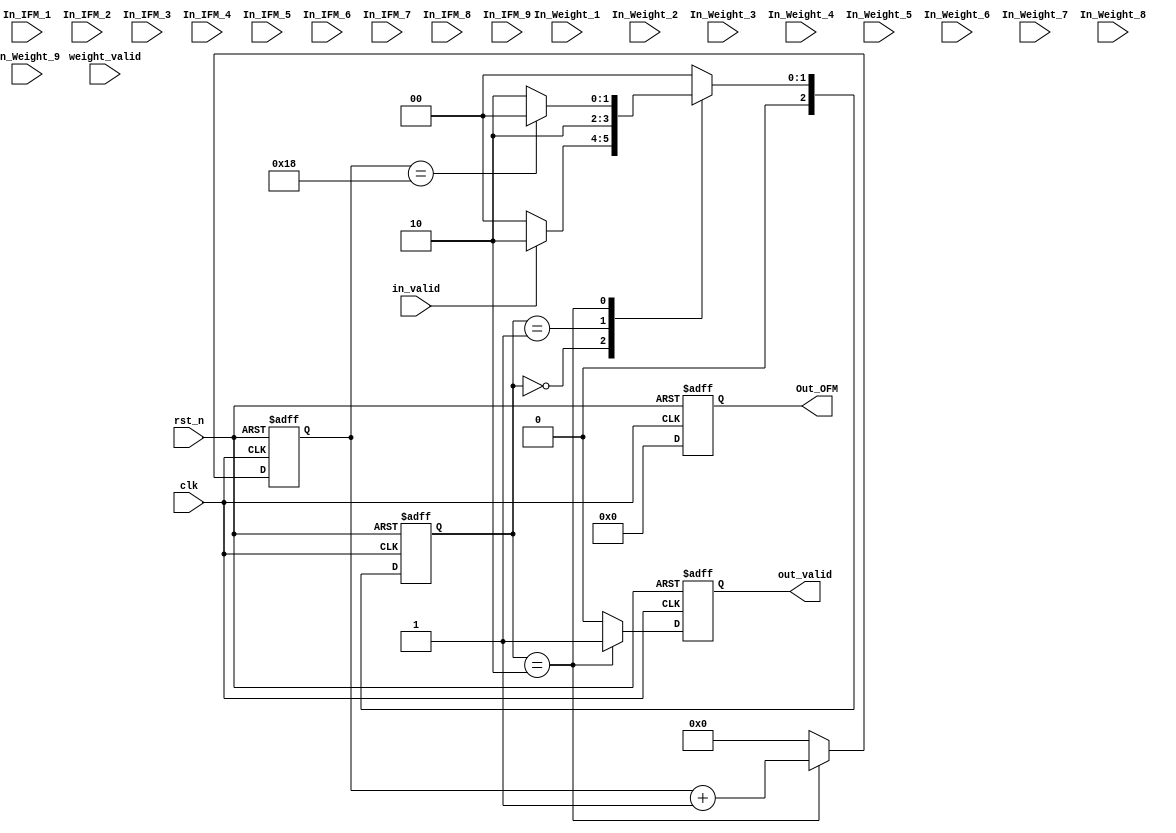
module Convolution_with_pipeline(
	//input
    clk,
    rst_n,
	in_valid,
	weight_valid,
	In_IFM_1,
	In_IFM_2,
	In_IFM_3,
	In_IFM_4,
    In_IFM_5,
	In_IFM_6,
	In_IFM_7,
	In_IFM_8,
	In_IFM_9,
    In_Weight_1,
    In_Weight_2,
    In_Weight_3,
	In_Weight_4,
    In_Weight_5,
    In_Weight_6,
    In_Weight_7,
    In_Weight_8,
    In_Weight_9,
	//output
    out_valid, 
	Out_OFM	

);

input clk, rst_n, in_valid, weight_valid;
input [7:0]In_IFM_1;
input [7:0]In_IFM_2;
input [7:0]In_IFM_3;
input [7:0]In_IFM_4;
input [7:0]In_IFM_5;
input [7:0]In_IFM_6;
input [7:0]In_IFM_7;
input [7:0]In_IFM_8;
input [7:0]In_IFM_9;		
input [7:0]In_Weight_1;
input [7:0]In_Weight_2;
input [7:0]In_Weight_3;
input [7:0]In_Weight_4;
input [7:0]In_Weight_5;
input [7:0]In_Weight_6;
input [7:0]In_Weight_7;
input [7:0]In_Weight_8;
input [7:0]In_Weight_9;


//////////////The output port shoud be registers///////////////////////
output reg out_valid;
output reg [20:0] Out_OFM;
//////////////////////////////////////////////////////////////////////


/////////////You need use Registers to receive inputs//////////////////////
reg [7:0]IFM_1;
reg [7:0]IFM_2;
reg [7:0]IFM_3;
reg [7:0]IFM_4;
reg [7:0]IFM_5;
reg [7:0]IFM_6;
reg [7:0]IFM_7;
reg [7:0]IFM_8;
reg [7:0]IFM_9;		
reg [7:0]Weight_1;
reg [7:0]Weight_2;
reg [7:0]Weight_3;
reg [7:0]Weight_4;
reg [7:0]Weight_5;
reg [7:0]Weight_6;
reg [7:0]Weight_7;
reg [7:0]Weight_8;
reg [7:0]Weight_9;

reg [7:0]multiple1;
reg [7:0]multiple2;
reg [7:0]multiple3;
reg [7:0]multiple4;
reg [7:0]multiple5;
reg [7:0]multiple6;
reg [7:0]multiple7;
reg [7:0]multiple8;
reg [7:0]multiple9;
///////////////////////////////////////////////////////////////////////////

reg [2:0] state_cs, state_ns;
parameter IDLE = 3'd0;
parameter IN_DATA = 3'd1;
parameter EXE = 3'd2;
reg [4:0] count_out;

always@(posedge clk or negedge rst_n) begin
	if(!rst_n)
		state_cs <= IDLE;
	else
		state_cs <= state_ns;
end

always@(*) begin
	case(state_cs)
		IDLE:
		begin
			if(in_valid)
				state_ns = EXE;
			else
				state_ns = IDLE;
		end
		
		IN_DATA:
		begin
			state_ns = EXE;
		end
		EXE:
		begin
			if(count_out == 24)
				state_ns = IDLE;
			else
				state_ns = EXE;
		end
		default:
			state_ns = IDLE;
	endcase
end

always@(posedge clk or negedge rst_n) begin
	if(!rst_n) begin
		Weight_1 <= 0 ;
        Weight_2 <= 0 ;
        Weight_3 <= 0 ;
        Weight_4 <= 0 ;
		Weight_5 <= 0 ;
        Weight_6 <= 0 ;
        Weight_7 <= 0 ;
        Weight_8 <= 0 ;
		Weight_9 <= 0 ;
	end
	
	else if(weight_valid) begin
		Weight_1 <= In_Weight_1;
        Weight_2 <= In_Weight_2;
        Weight_3 <= In_Weight_3;
        Weight_4 <= In_Weight_4;
		Weight_5 <= In_Weight_5;
        Weight_6 <= In_Weight_6;
        Weight_7 <= In_Weight_7;
        Weight_8 <= In_Weight_8;
		Weight_9 <= In_Weight_9;
	end
end

always@(posedge clk or negedge rst_n) begin
	if(!rst_n) begin
		IFM_1  <= 0;
        IFM_2  <= 0;
        IFM_3  <= 0;
        IFM_4  <= 0;
		IFM_5  <= 0;
        IFM_6  <= 0;
        IFM_7  <= 0;
        IFM_8  <= 0;
		IFM_9  <= 0;

	end
	
	else if(in_valid) begin
		IFM_1  <= In_IFM_1 ;
        IFM_2  <= In_IFM_2 ;
        IFM_3  <= In_IFM_3 ;
        IFM_4  <= In_IFM_4 ;
		IFM_5  <= In_IFM_5 ;
        IFM_6  <= In_IFM_6 ;
        IFM_7  <= In_IFM_7 ;
        IFM_8  <= In_IFM_8 ;
		IFM_9  <= In_IFM_9 ;

	end
end

always@(posedge clk or negedge rst_n) begin
	if(!rst_n)
		count_out <= 0;
	else if(state_cs == EXE)
		count_out <= count_out + 1;
	else
		count_out <= 0;
end

always@(posedge clk or negedge rst_n) begin
	if(!rst_n)
		out_valid <= 0;
	else if(state_cs == EXE)
		out_valid <= 1;
	else
		out_valid <= 0;
end

always@(posedge clk or negedge rst_n) begin
	if(!rst_n)
		Out_OFM <= 0;	
	else if(state_cs == EXE) begin
		multiple1 <= IFM_1*Weight_1;
		multiple2 <= IFM_2*Weight_2;
		multiple3 <= IFM_3*Weight_3;
		multiple4 <= IFM_4*Weight_4;
		multiple5 <= IFM_5*Weight_5;
		multiple6 <= IFM_6*Weight_6;
		multiple7 <= IFM_7*Weight_7;
		multiple8 <= IFM_8*Weight_8;
		multiple9 <= IFM_9*Weight_9;
		Out_OFM <= (multiple1 + multiple2 + multiple3 + multiple4 + multiple5 + multiple6 + multiple7 + multiple8 + multiple9);
	end
	else
		multiple1 <= 0;
		multiple1 <= 1;
		multiple1 <= 2;
		multiple1 <= 3;
		multiple1 <= 4;
		multiple1 <= 5;
		multiple1 <= 6;
		multiple1 <= 7;
		multiple1 <= 8;
		multiple1 <= 9;
		Out_OFM <= 0;
end
endmodule